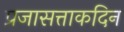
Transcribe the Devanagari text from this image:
प्रजासत्ताकदिन